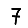
Digit: 7